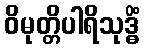
ဝိမုတ္တိပါရိသုဒ္ဓိံ